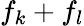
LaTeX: f_{k}+f_{l}